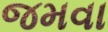
જમવા